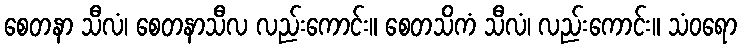
စေတနာ သီလံ၊ စေတနာသီလ လည်းကောင်း။ စေတသိကံ သီလံ၊ လည်းကောင်း။ သံဝရော